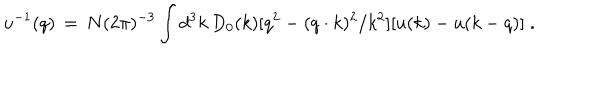
LaTeX: u ^ { - 1 } ( q ) \, = \, N ( 2 \pi ) ^ { - 3 } \int d ^ { 3 } k \, D _ { 0 } ( k ) [ q ^ { 2 } - ( q \cdot k ) ^ { 2 } / k ^ { 2 } ] [ u ( k ) - u ( k - q ) ] \; \mathrm { . }